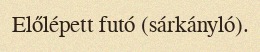
Előlépett futó (sárkányló).